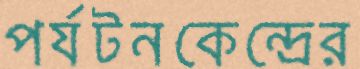
পর্যটনকেন্দ্রের